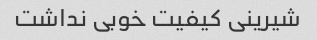
شیرینی کیفیت خوبی نداشت